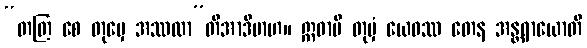
“တတြ စေ တုမှေ အဿထာ”တိအာဒိမာဟ။ ဣဓာပိ တုမှံ ယေဝဿ တေန အန္တရာယောတိ